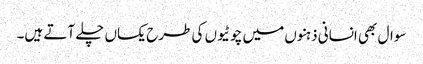
سوال بھی انسانی ذہنوں میں چوٹیوں کی طرح یکساں چلے آتے ہیں۔